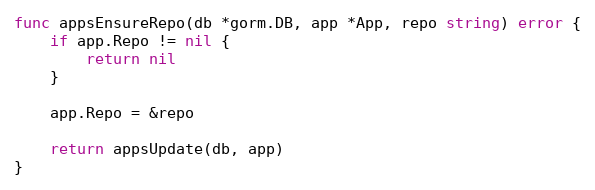
Language: Go
func appsEnsureRepo(db *gorm.DB, app *App, repo string) error {
	if app.Repo != nil {
		return nil
	}

	app.Repo = &repo

	return appsUpdate(db, app)
}